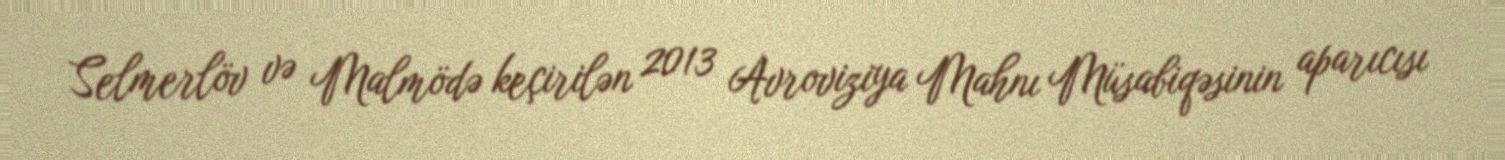
Selmerlöv və Malmödə keçirilən 2013 Avroviziya Mahnı Müsabiqəsinin aparıcısı